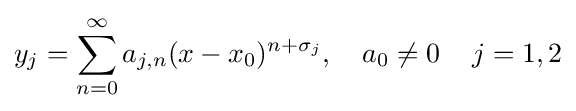
y_{j}=\sum _{n=0}^{\infty }a_{j,n}(x-x_{0})^{n+\sigma _{j}},\quad a_{0}\neq 0\,\quad j=1,2